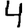
Digit: 4